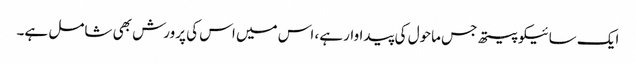
ایک سائیکوپیتھ جس ماحول کی پیداوار ہے، اس میں اس کی پرورش بھی شامل ہے۔